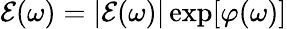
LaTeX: \mathcal{E}(\omega)=|\mathcal{E}(\omega)|\exp[\varphi(\omega)]